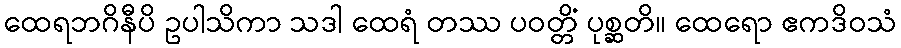
ထေရဘဂိနီပိ ဥပါသိကာ သဒါ ထေရံ တဿ ပဝတ္တိံ ပုစ္ဆတိ။ ထေရော ဧကဒိဝသံ